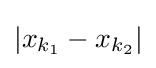
|x_{k_{1}}-x_{k_{2}}|